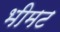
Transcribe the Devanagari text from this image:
भीमट